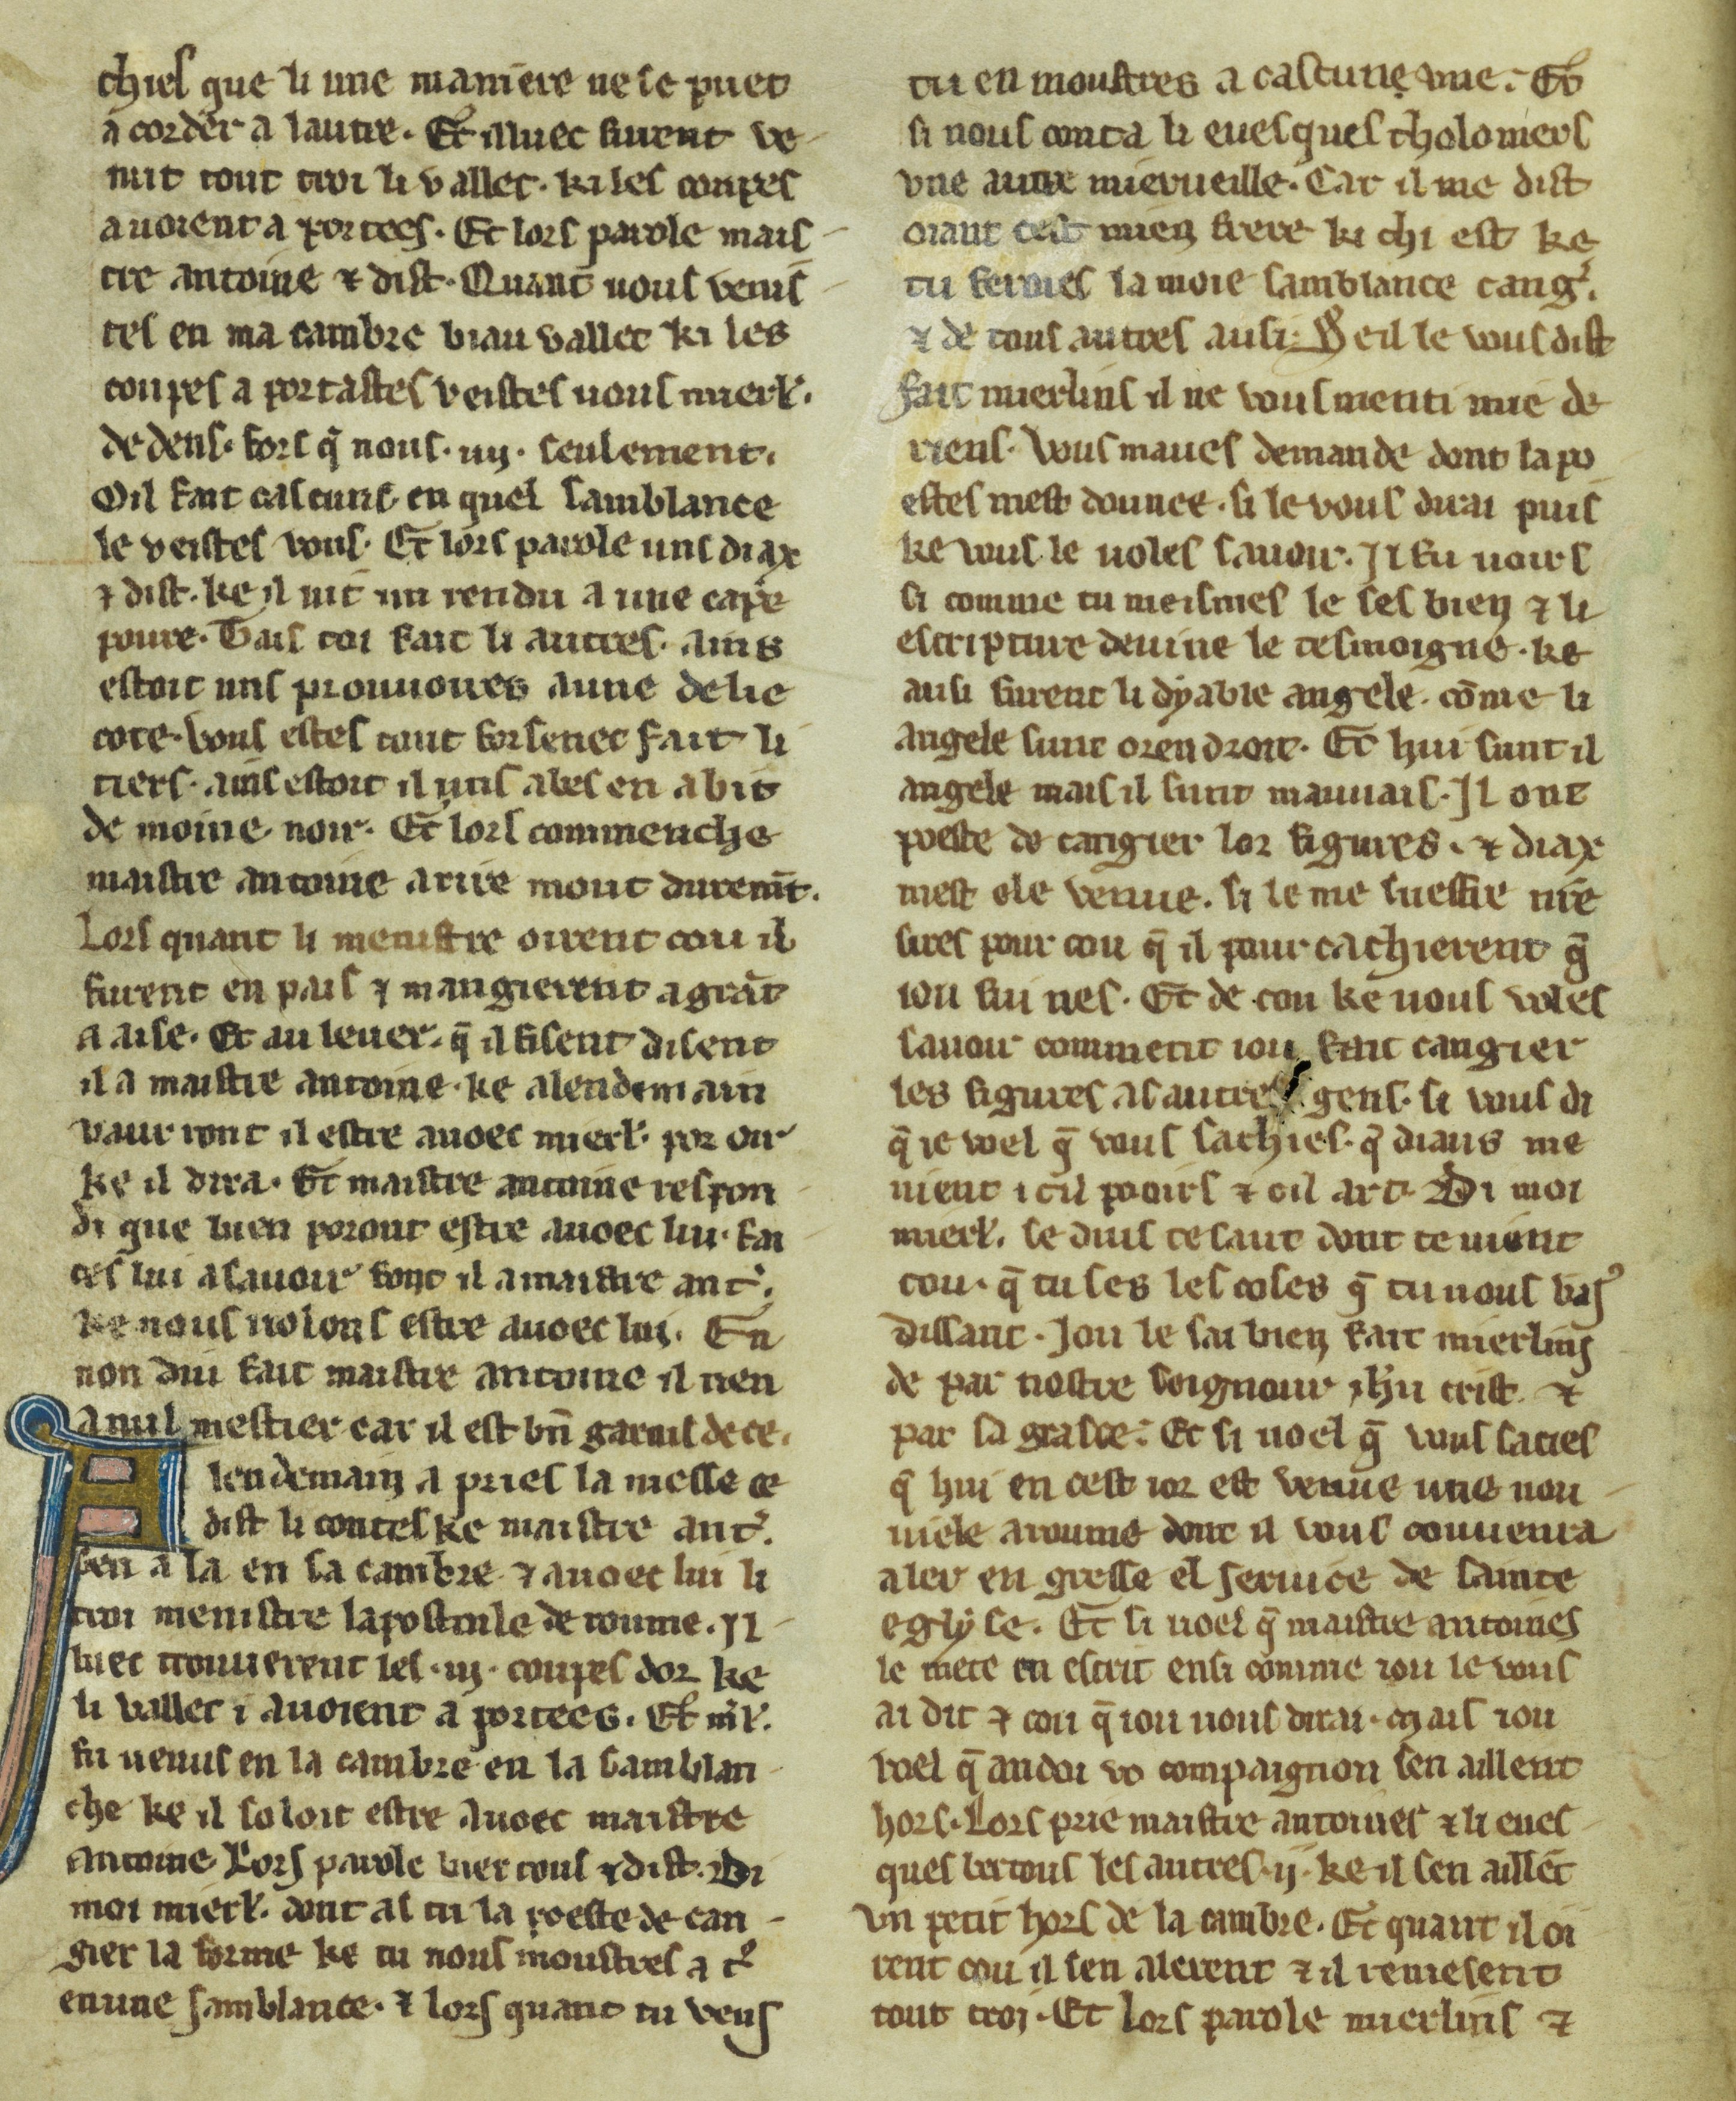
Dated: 1300–1330